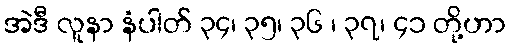
အဲဒီ လူနာ နံပါတ် ၃၄၊ ၃၅၊ ၃၆ ၊ ၃၇၊ ၄၁ တို့ဟာ